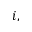
i ,